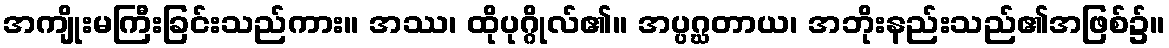
အကျိုးမကြီးခြင်းသည်ကား။ အဿ၊ ထိုပုဂ္ဂိုလ်၏။ အပ္ပဂ္ဃတာယ၊ အဘိုးနည်းသည်၏အဖြစ်၌။